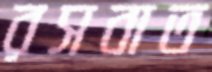
রসবাত